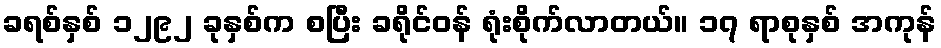
ခရစ်နှစ် ၁၂၉၂ ခုနှစ်က စပြီး ခရိုင်ဝန် ရုံးစိုက်လာတယ်။ ၁၇ ရာစုနှစ် အကုန်